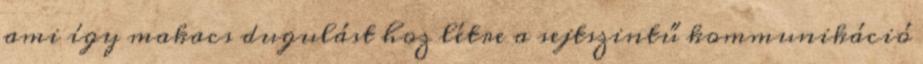
ami így makacs dugulást hoz létre a sejtszintű kommunikáció